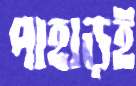
পাহাড়ই